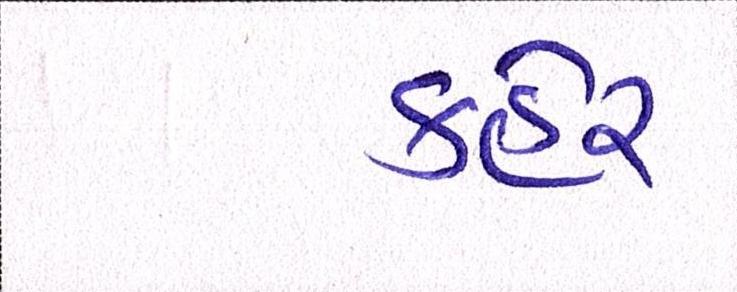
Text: કહેર